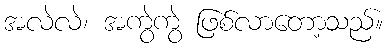
အလဲလဲ၊ အကွဲကွဲ ဖြစ်လာတော့သည်။